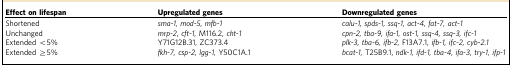
<table><thead><tr><td><b>Effect on lifespan</b></td><td><b>Upregulated genes</b></td><td><b>Downregulated genes</b></td></tr></thead><tbody><tr><td>Shortened</td><td><i>sma-1, mod-5, mfb-1</i></td><td><i>calu-1, spds-1, ssq-1, act-4, fat-7, act-1</i></td></tr><tr><td>Unchanged</td><td><i>mrp-2</i>, <i>cft-1</i>, M116.2, <i>cht-1</i></td><td><i>cpn-2, tba-9, ifa-1, ost-1, ssq-4, ssq-3, ifc-1</i></td></tr><tr><td>Extended &lt;5%</td><td>Y71G12B.31, ZC373.4</td><td><i>plk-3, tba-6, ifb-2</i>, F13A7.1, <i>ifb-1, ifc-2, cyb-2.1</i></td></tr><tr><td>Extended ≥5%</td><td><i>fkh-7, csp-2, lgg-1</i>, Y50C1A.1</td><td><i>bcat-1</i>, T25B9.1, <i>ndk-1, ifd-1, tba-4, ifa-3</i>, <i>try-1, ifp-1</i></td></tr></tbody></table>